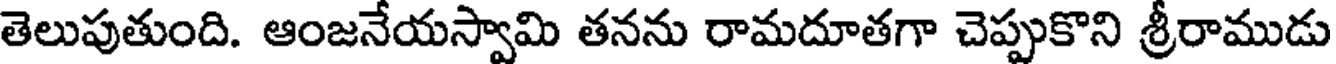
తెలుపుతుంది. ఆంజనేయస్వామి తనను రామదూతగా చెప్పుకొని శ్రీరాముడు